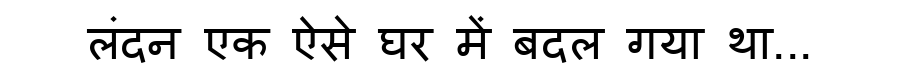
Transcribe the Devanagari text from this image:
लंदन एक ऐसे घर में बदल गया था...